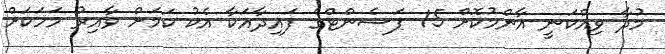
މުދާ ވިއްކަނީ އާންމުކޮށް 15 ޕަސެންޓްގެ ފައިދާއަކާ އެކު ކަމަށް ވާއިރު މަހަކަށް